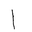
Letter: _alif